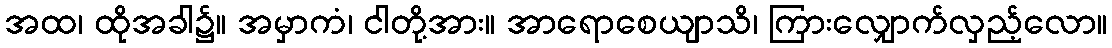
အထ၊ ထိုအခါ၌။ အမှာကံ၊ ငါတို့အား။ အာရောစေယျာသိ၊ ကြားလျှောက်လှည့်လော။